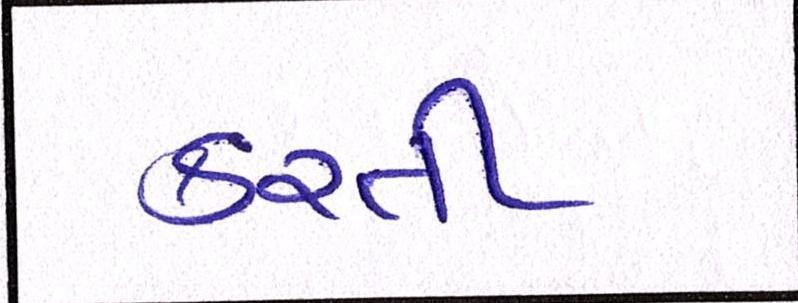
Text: કરતી